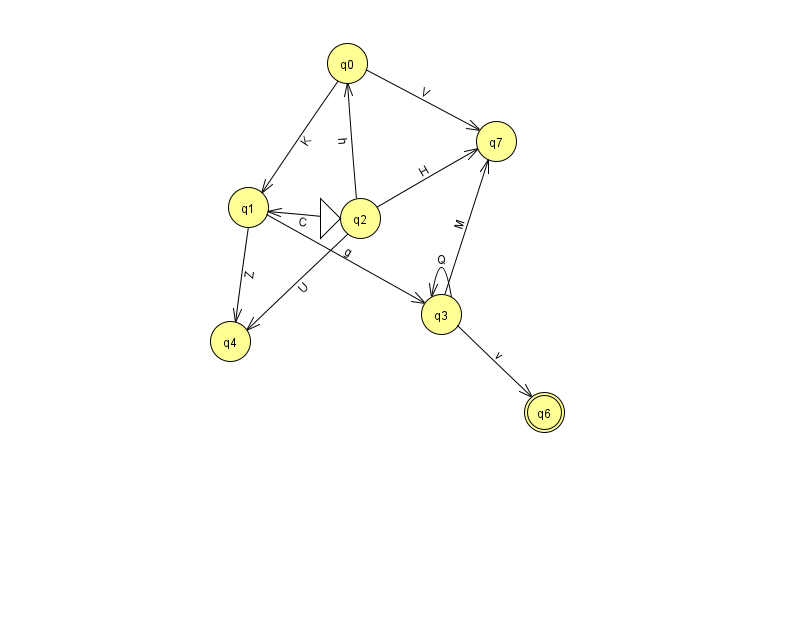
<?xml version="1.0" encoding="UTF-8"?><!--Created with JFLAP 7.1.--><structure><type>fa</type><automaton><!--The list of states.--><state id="0" name="q0"><x>347.0</x><y>50.0</y></state><state id="1" name="q1"><x>248.0</x><y>194.0</y></state><state id="2" name="q2"><x>360.0</x><y>205.0</y><initial/></state><state id="3" name="q3"><x>441.0</x><y>301.0</y></state><state id="4" name="q4"><x>230.0</x><y>328.0</y></state><state id="6" name="q6"><x>544.0</x><y>399.0</y><final/></state><state id="7" name="q7"><x>496.0</x><y>128.0</y></state><!--The list of transitions.--><transition><from>2</from><to>1</to><read>C</read></transition><transition><from>1</from><to>4</to><read>Z</read></transition><transition><from>3</from><to>3</to><read>Q</read></transition><transition><from>0</from><to>7</to><read>V</read></transition><transition><from>2</from><to>7</to><read>H</read></transition><transition><from>1</from><to>3</to><read>g</read></transition><transition><from>3</from><to>6</to><read>v</read></transition><transition><from>3</from><to>7</to><read>M</read></transition><transition><from>0</from><to>1</to><read>K</read></transition><transition><from>2</from><to>0</to><read>h</read></transition><transition><from>2</from><to>4</to><read>U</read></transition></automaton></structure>